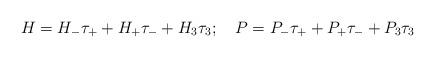
LaTeX: \begin{align*}H=H_-\tau_++H_+\tau_-+H_3\tau_3; \quad P=P_-\tau_++P_+\tau_-+P_3\tau_3\end{align*}